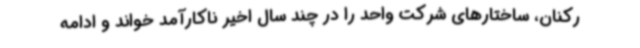
رکنان، ساختارهای شرکت واحد را در چند سال اخیر ناکارآمد خواند و ادامه